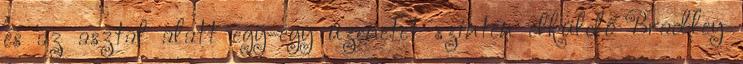
és az asztal alatt egy-egy üzenetet szintén elküldő Bradley